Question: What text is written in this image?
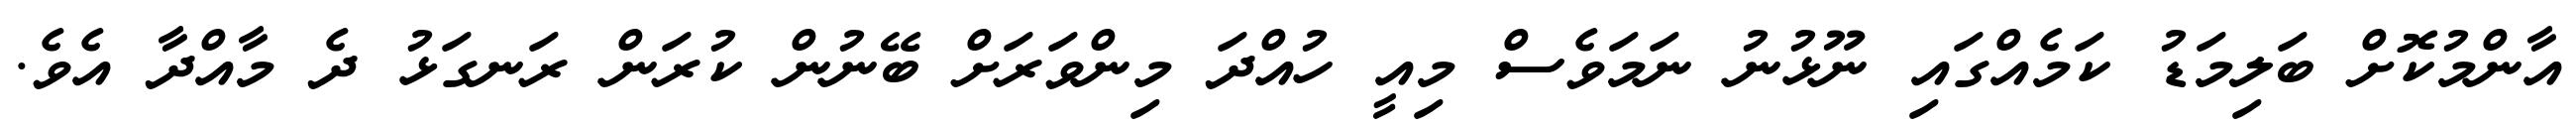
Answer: އާންމުކޮށް ބަލިމަޑު ކަމެއްގައި ނޫޅުނު ނަމަވެސް މިއީ ހުއްދަ މިންވަރަށް ބޭނުން ކުރަން ރަނގަޅު ދެ މާއްދާ އެވެ.